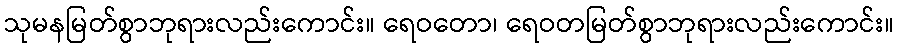
သုမနမြတ်စွာဘုရားလည်းကောင်း။ ရေဝတော၊ ရေဝတမြတ်စွာဘုရားလည်းကောင်း။